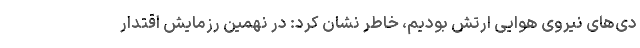
دی‌های نیروی هوایی ارتش بودیم، خاطر نشان کرد: در نهمین رزمایش اقتدار